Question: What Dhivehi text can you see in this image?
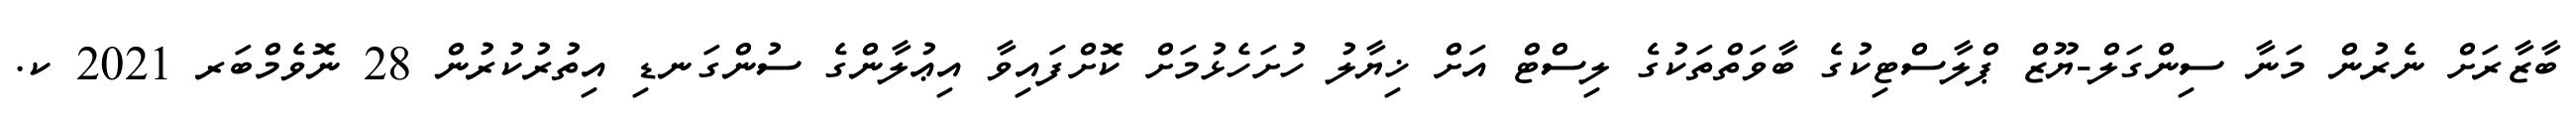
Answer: ބާޒާރަށް ނެރުން މަނާ ސިންގަލް-ޔޫޒް ޕްލާސްޓިކުގެ ބާވަތްތަކުގެ ލިސްޓް އަށް ޚިޔާލު ހުށަހެޅުމަށް ކޮށްފައިވާ އިޢުލާންގެ ސުންގަނޑި އިތުރުކުރުން 28 ނޮވެމްބަރ 2021 ކ.